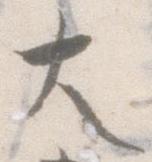
大